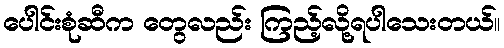
ပေါင်းစုံဆီက တွေလည်း ကြည့်လို့ရပါသေးတယ်။